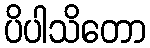
ပိပါသိတော